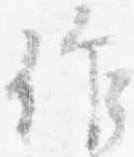
作